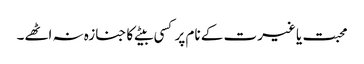
محبت یا غیرت کے نام پر کسی بیٹے کا جنازہ نہ اٹھے۔